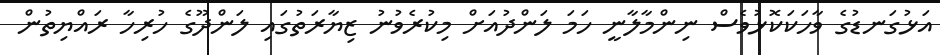
އަޅުގަނޑުގެ ވާހަކަކޮޅުވެސް ނިންމާލާނީ ހަމަ ލަންދުއަށް މިކުރެވުނު ޒިޔާރަތުގައި ލަންދޫގެ ހުރިހާ ރައްޔިތުން